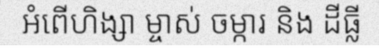
អំពើហិង្សា ម្ចាស់ ចម្ការ និង ដីធ្លី